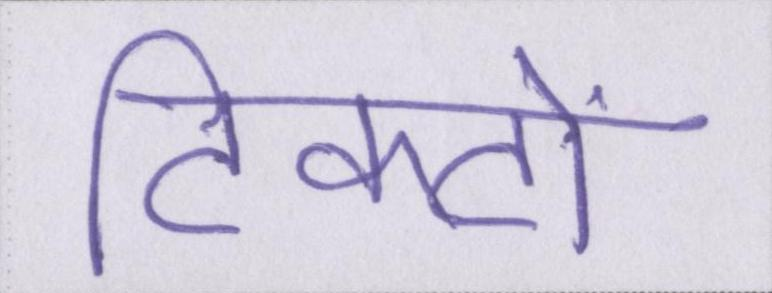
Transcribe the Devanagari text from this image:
टिकटों